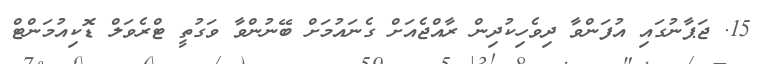
15. ޖަޕާނުގައި އުފަންވާ ދިވެހިކުދިން ރާއްޖެއަށް ގެނައުމަށް ބޭނުންވާ ވަގުތީ ޓްރެވަލް ޑޮކިއުމަންޓް